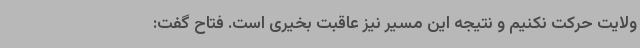
ولایت حرکت نکنیم و نتیجه این مسیر نیز عاقبت بخیری است. فتاح گفت: